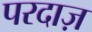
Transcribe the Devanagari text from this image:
परदाज़